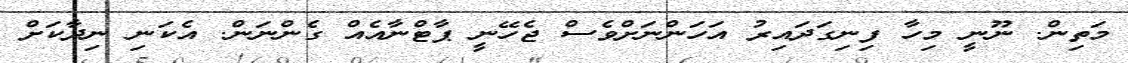
މަތިން. ނޫނީ މިހާ ފިނިގަދައިރު އަހަންނަށްވެސް ޖެހޭނީ ޕާޓްނާއެއް ގެންނަން. އެކަނި ނިދާކަށް